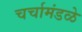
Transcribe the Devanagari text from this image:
चर्चामंडळे